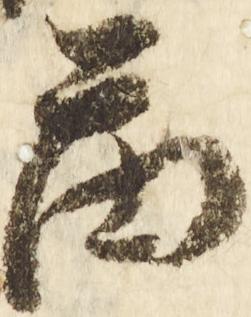
図